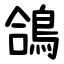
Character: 鴿